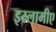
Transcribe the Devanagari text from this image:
इस्लामीए